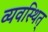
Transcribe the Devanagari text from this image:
व्यवस्थित्